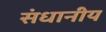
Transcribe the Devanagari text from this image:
संधानीय